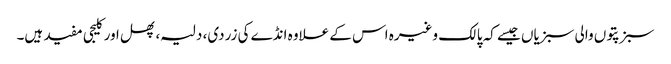
سبز پتوں والی سبزیاں جیسے کہ پالک وغیرہ اس کے علاوہ انڈے کی زردی، دلیہ، پھل اور کلیجی مفید ہیں۔